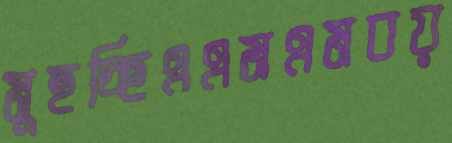
মুছচ্ছিএএমএমবয়